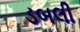
ડબલી